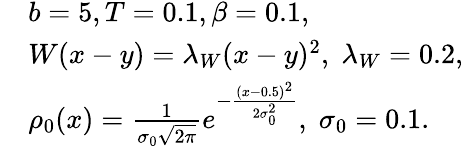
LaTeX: \begin{array}{rl}&{b=5,T=0.1,\beta=0.1,}\\ &{W(x-y)=\lambda_{W}(x-y)^{2},\; \lambda_{W}=0.2,}\\ &{\rho_{0}(x)=\frac{1}{\sigma_{0}\sqrt{2\pi}}e^{-\frac{\left(x-0.5\right)^{2}}{2\sigma_{0}^{2}}},\; \sigma_{0}=0.1.}\end{array}